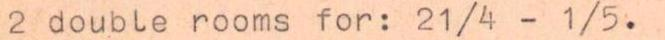
2 double rooms for: 21/4 - 1/5.